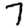
Digit: 7